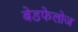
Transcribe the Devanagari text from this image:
बेडफेलोज